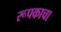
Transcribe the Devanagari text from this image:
रूपकाचा